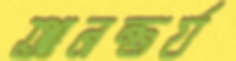
আনন্তর্য